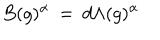
LaTeX: B ( g ) ^ { \alpha } \: = \: d \Lambda ( g ) ^ { \alpha }